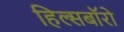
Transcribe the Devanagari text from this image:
हिल्सबॉरो